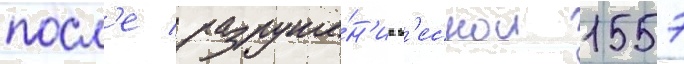
посл'е разруше́н'иа в'еснои 1557